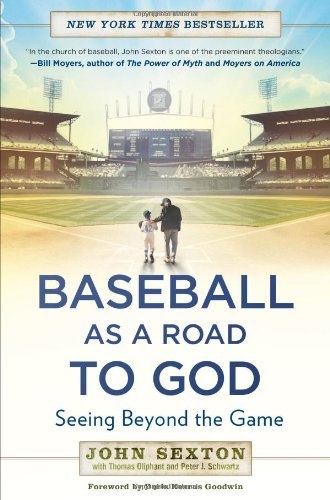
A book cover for Baseball as a Road to God: Seeing Beyond the Game; John Sexton; Sports & Outdoors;